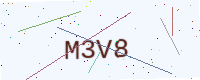
Text: M3V8